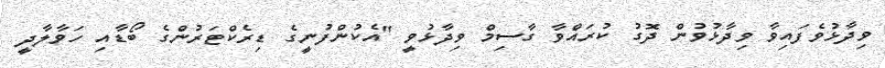
ވިދާޅުވެފައިވާ ވިދާޅުވުން ދޮގު ކުރައްވާ ގާސިމް ވިދާޅުވީ "އެކުންފުނީގެ ޑިރެކްޓަރުންގެ ބޯޑާއި ހަވާލާދީ